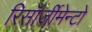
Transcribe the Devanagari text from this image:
रिसॉर्जीमेन्टो